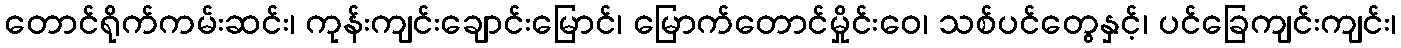
တောင်ရိုက်ကမ်းဆင်း၊ ကုန်းကျင်းချောင်းမြောင်၊ မြောက်တောင်မှိုင်းဝေ၊ သစ်ပင်တွေနှင့်၊ ပင်ခြေကျင်းကျင်း၊